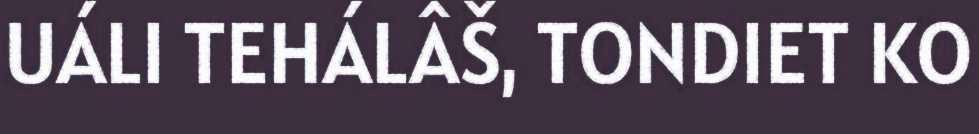
UÁLI TEHÁLÂŠ, TONDIET KO